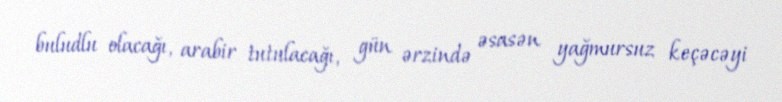
buludlu olacağı, arabir tutulacağı, gün ərzində əsasən yağmursuz keçəcəyi